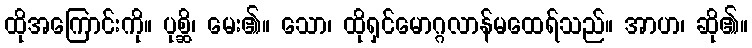
ထိုအကြောင်းကို။ ပုစ္ဆိ၊ မေး၏။ သော၊ ထိုရှင်မောဂ္ဂလာန်မထေရ်သည်။ အာဟ၊ ဆို၏။